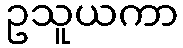
ဥသူယကာ